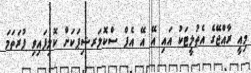
މިއީ ރާއްޖޭގެ އެތުލީޓަކު އައި އޭ އޭ އެފް ސްކޮލަރޝިޕަކަށް ކޮލިފައިވި ފުރަތަމަ